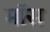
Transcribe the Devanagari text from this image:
माॅस